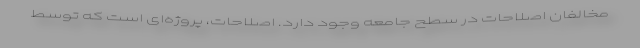
مخالفان اصلاحات در سطح جامعه وجود دارد. اصلاحات، پروژه‌ای است که توسط